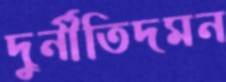
দুর্নীতিদমন